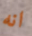
انه